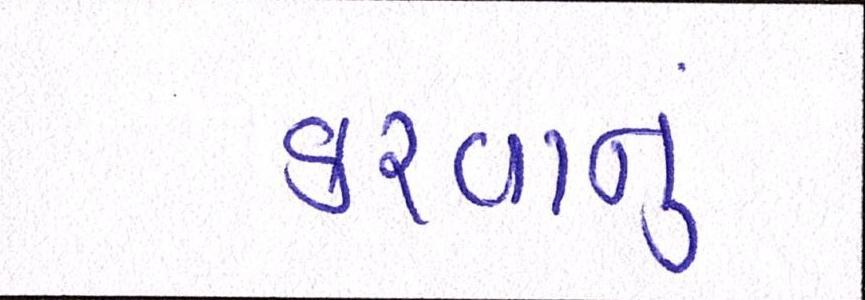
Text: કરવાનું